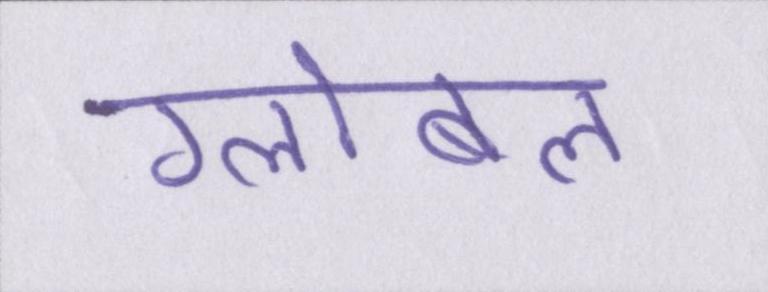
ग्लोबल